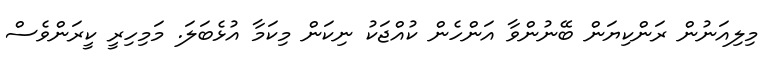
މިލިއަނުން ރަންކިޔަން ބޭނުންވާ އަންހެން ކުއްޖަކު ނިކަން މިކަމާ އުޅެބަލަ. މަމިހިރީ ކީރަންވެސް